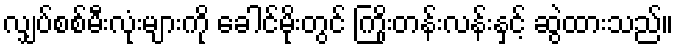
လျှပ်စစ်မီးလုံးများကို ခေါင်မိုးတွင် ကြိုးတန်းလန်းနှင့် ဆွဲထားသည်။